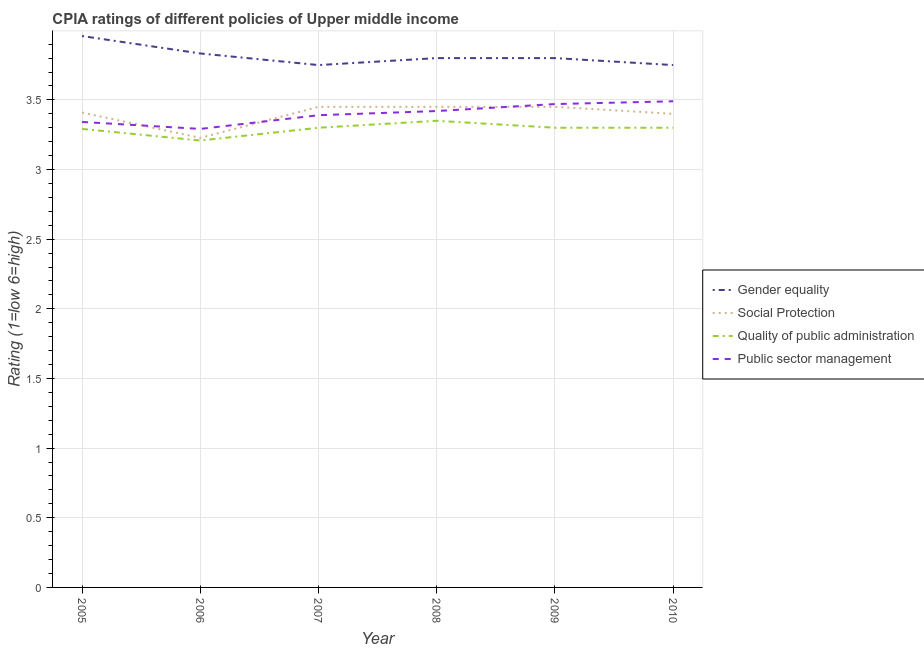
| Year | Gender equality | Social Protection | Quality of public administration | Public sector management |
 | --- | --- | --- | --- | --- |
 | 2005 | 3.96 | 3.41 | 3.29 | 3.34 |
 | 2006 | 3.83 | 3.23 | 3.21 | 3.29 |
 | 2007 | 3.75 | 3.45 | 3.3 | 3.39 |
 | 2008 | 3.8 | 3.45 | 3.35 | 3.42 |
 | 2009 | 3.8 | 3.45 | 3.3 | 3.47 |
 | 2010 | 3.75 | 3.4 | 3.3 | 3.49 |